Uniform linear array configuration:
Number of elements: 8
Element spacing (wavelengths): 0.75
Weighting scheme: hann
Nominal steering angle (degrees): -45
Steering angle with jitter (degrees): -45.636
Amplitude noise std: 0.05
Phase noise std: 0.05

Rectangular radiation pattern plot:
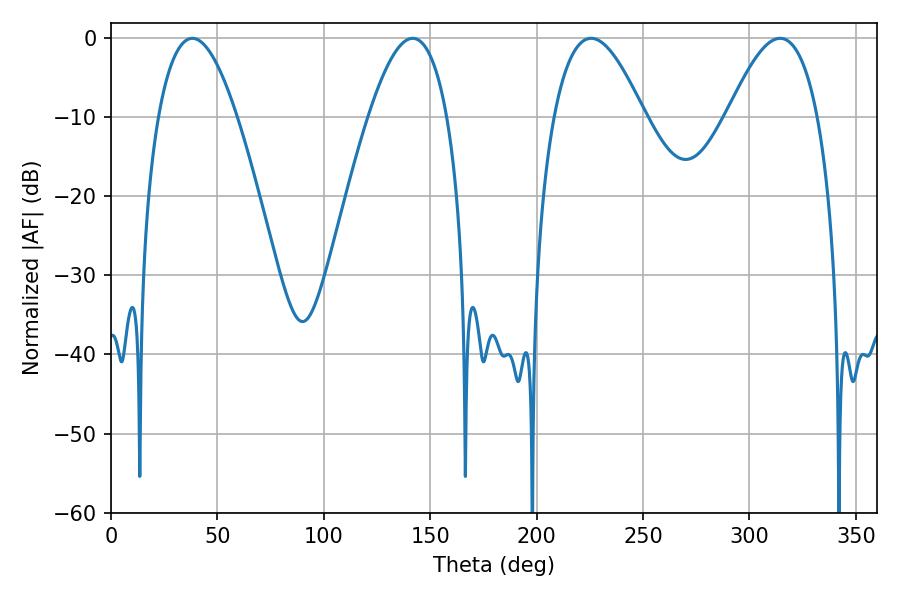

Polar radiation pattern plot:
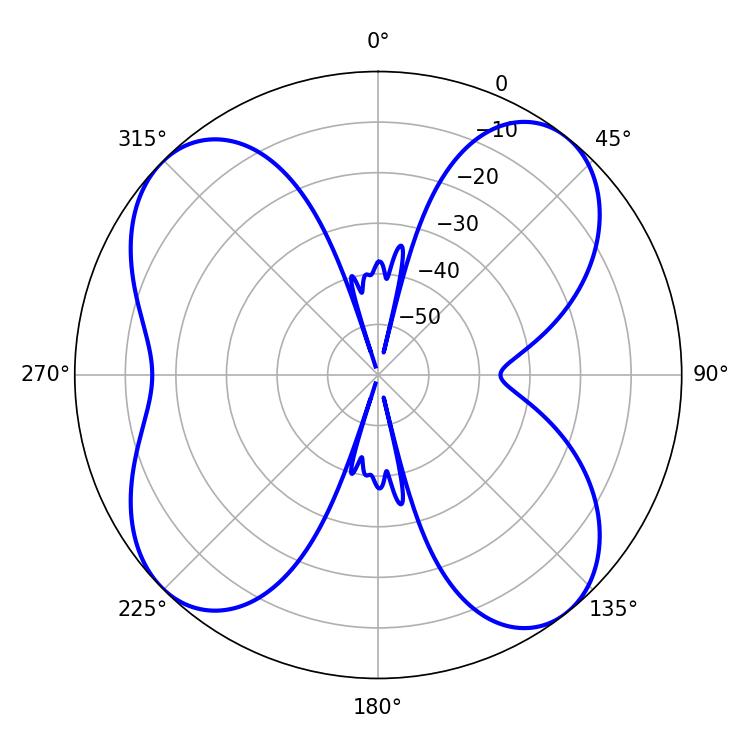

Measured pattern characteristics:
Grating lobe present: TRUE
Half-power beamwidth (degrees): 23.04
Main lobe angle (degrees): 314.46